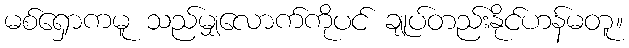
မစ်ရှောကမူ သည်မျှလောက်ကိုပင် ချုပ်တည်းနိုင်ဟန်မတူ။